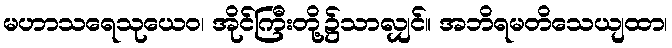
မဟာသရေသုယေဝ၊ အိုင်ကြီးတို့၌သာလျှင်။ အဘိရမတိသေယျထာ၊